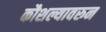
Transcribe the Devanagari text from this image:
कौशल्यावरुन